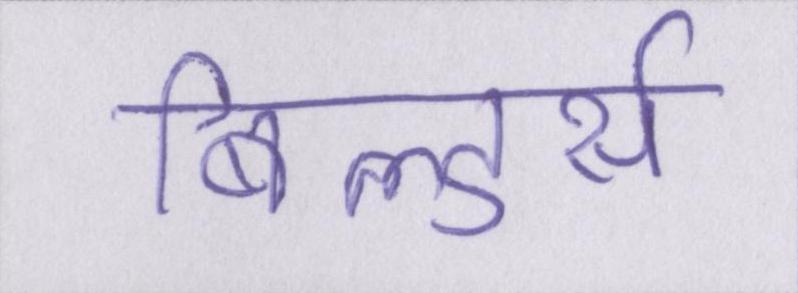
बिल्डर्स